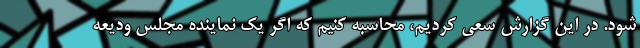
شود. در این گزارش سعی کردیم، محاسبه کنیم که اگر یک نماینده مجلس ودیعه